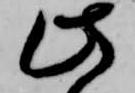
此